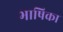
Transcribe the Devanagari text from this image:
भाषिका